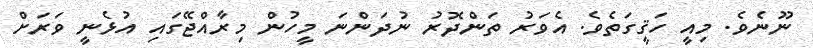
ނޫނެވެ. މިއީ ހަޤީގަތެވެ. އެވަރު ތަންދޮރު ނުދަންނަ މީހުން މިރާއްޖޭގައި އުޅެނީ ވަރަށް